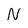
Character: N